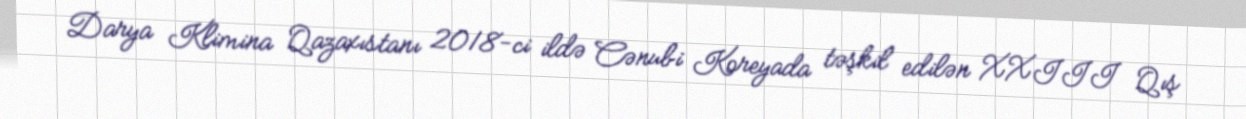
Darya Klimina Qazaxıstanı 2018-ci ildə Cənubi Koreyada təşkil edilən XXIII Qış